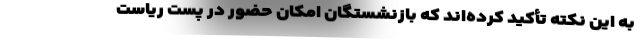
به این نکته تأکید کرده‌اند که بازنشستگان امکان حضور در پست ریاست